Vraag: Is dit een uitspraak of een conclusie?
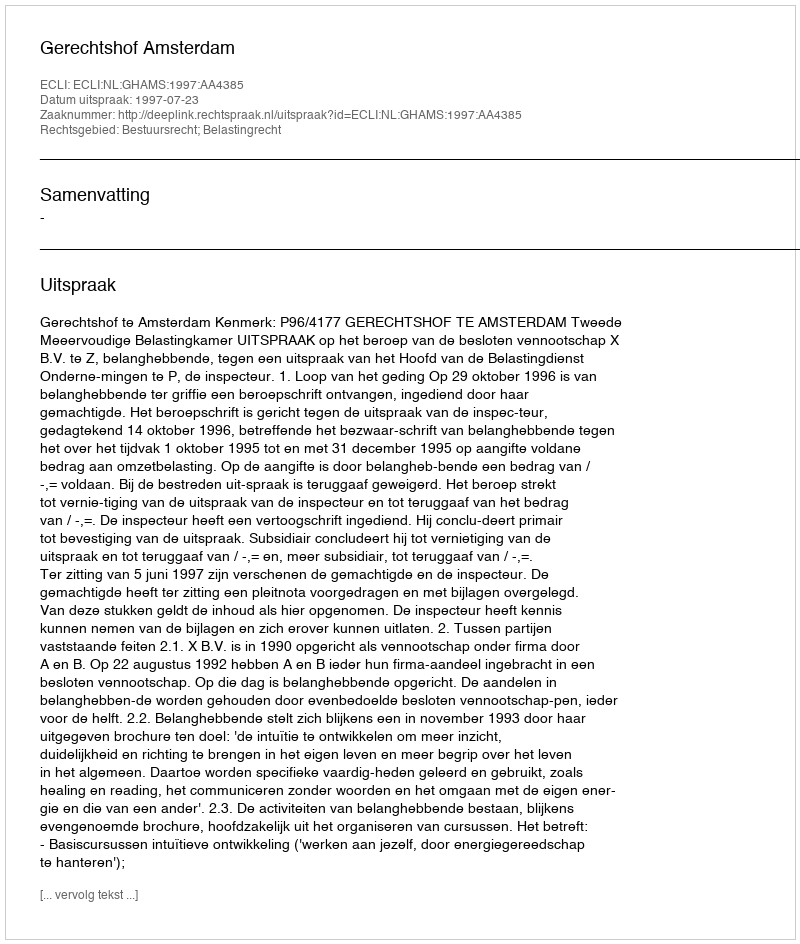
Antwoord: Uitspraak